King Institute of Preventive Medicine Micro-Biological Section reports 1912-19
Year: 1912
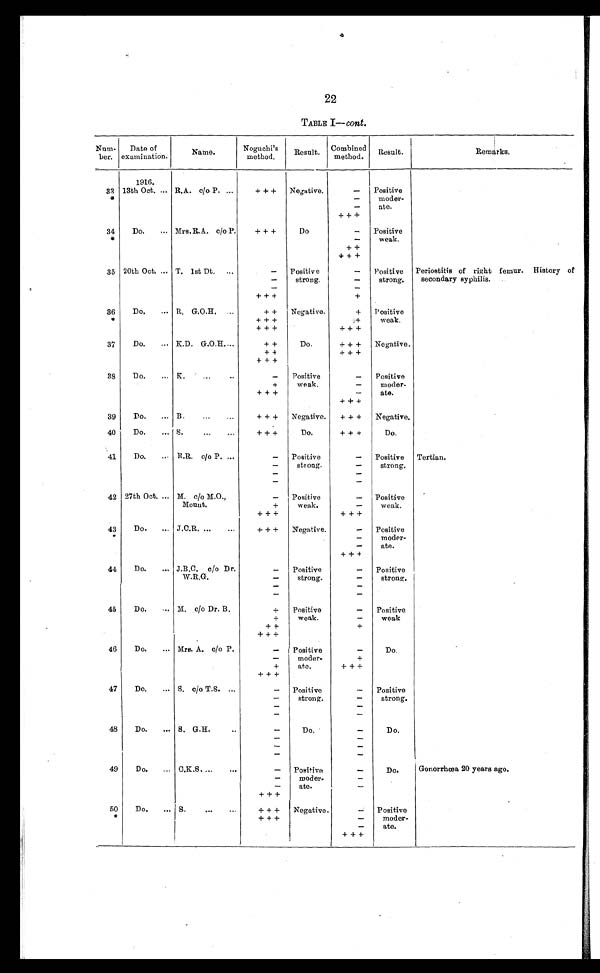
22
TABLE I— cont.
Num-
ber.
Date of
examination.
N a m e .
Noguchi's
method.
Result.
Combined
method.
Result.
R e m a r k s .
1916.
33
*
13th Oct. ... R.A. c/o P. ...
+++
Negative.
-
Positive
moder
-
ate.
-
-
+++
34
*
Do.
... Mrs. R. A . c/o P.
+++
Do
-
Positive
weak. -
++
+++
35 20th Oct. ... T. 1st Dt.
...
-
Positive
strong.
-
Positive
strong.
Periostitis of right femur. History of
secondary syphilis.
-
-
-
-
+++
+
36
*
Do.
... R. G.O.H. ...
++
Negative.
+
Positive
weak.
+++
+
+++
+++
37
Do.
... K.D. G.O.H....
++
Do.
+++
Negative.
++
+++
+++
38
Do.
... K.
...
..
-
Positive
weak.
-
Positive
moder
-
ate.
+
-
+++
-
+++
39
Do.
... B.
...
...
+++
Negative.
+++
Negative.
40
Do.
... S.
...
...
+++
Do.
+++
Do.
41
Do.
... R.R. c/o P. ...
-
Positive
strong.
-
Positive
strong.
Tertian.
-
-
-
-
-
-
42 27th Oct. ... M. c/o M.O.,
Mount.
-
Positive
weak.
-
Positive
weak.
+
-
+++
+++
43
Do.
... J.C.R. ...
...
+++
Negative.
-
Positive
moder
-
ate.
-
-
+++
44
Do.
... J.B.C. c/o Dr.
W.R.G.
-
Positive
strong.
-
Positive
strong.
-
-
-
-
-
-
45
Do.
... M. c/o Dr. B.
+
Positive
weak.
-
Positive
weak -
+
+
++
+++
46
Do.
... Mrs. A. c/o P.
-
Positive
moder-
ate.
-
Do.
-
+
+
+++
+++
47
Do.
... S. c/o T.S. ...
-
Positive
strong.
-
Positive
strong.
-
-
-
-
-
-
48
Do.
... S. G.H. ..
-
Do.
-
Do.
-
-
-
-
-
-
49
Do.
... C.K.S. ...
...
-
Positive
moder-
ate.
-
Do.
Gonorrhœa 20 years ago.
-
-
-
-
+++
50
*
Do.
... S.
...
+++
Negative.
-
Positive
mode r-
ate.
+++
-
-
+++